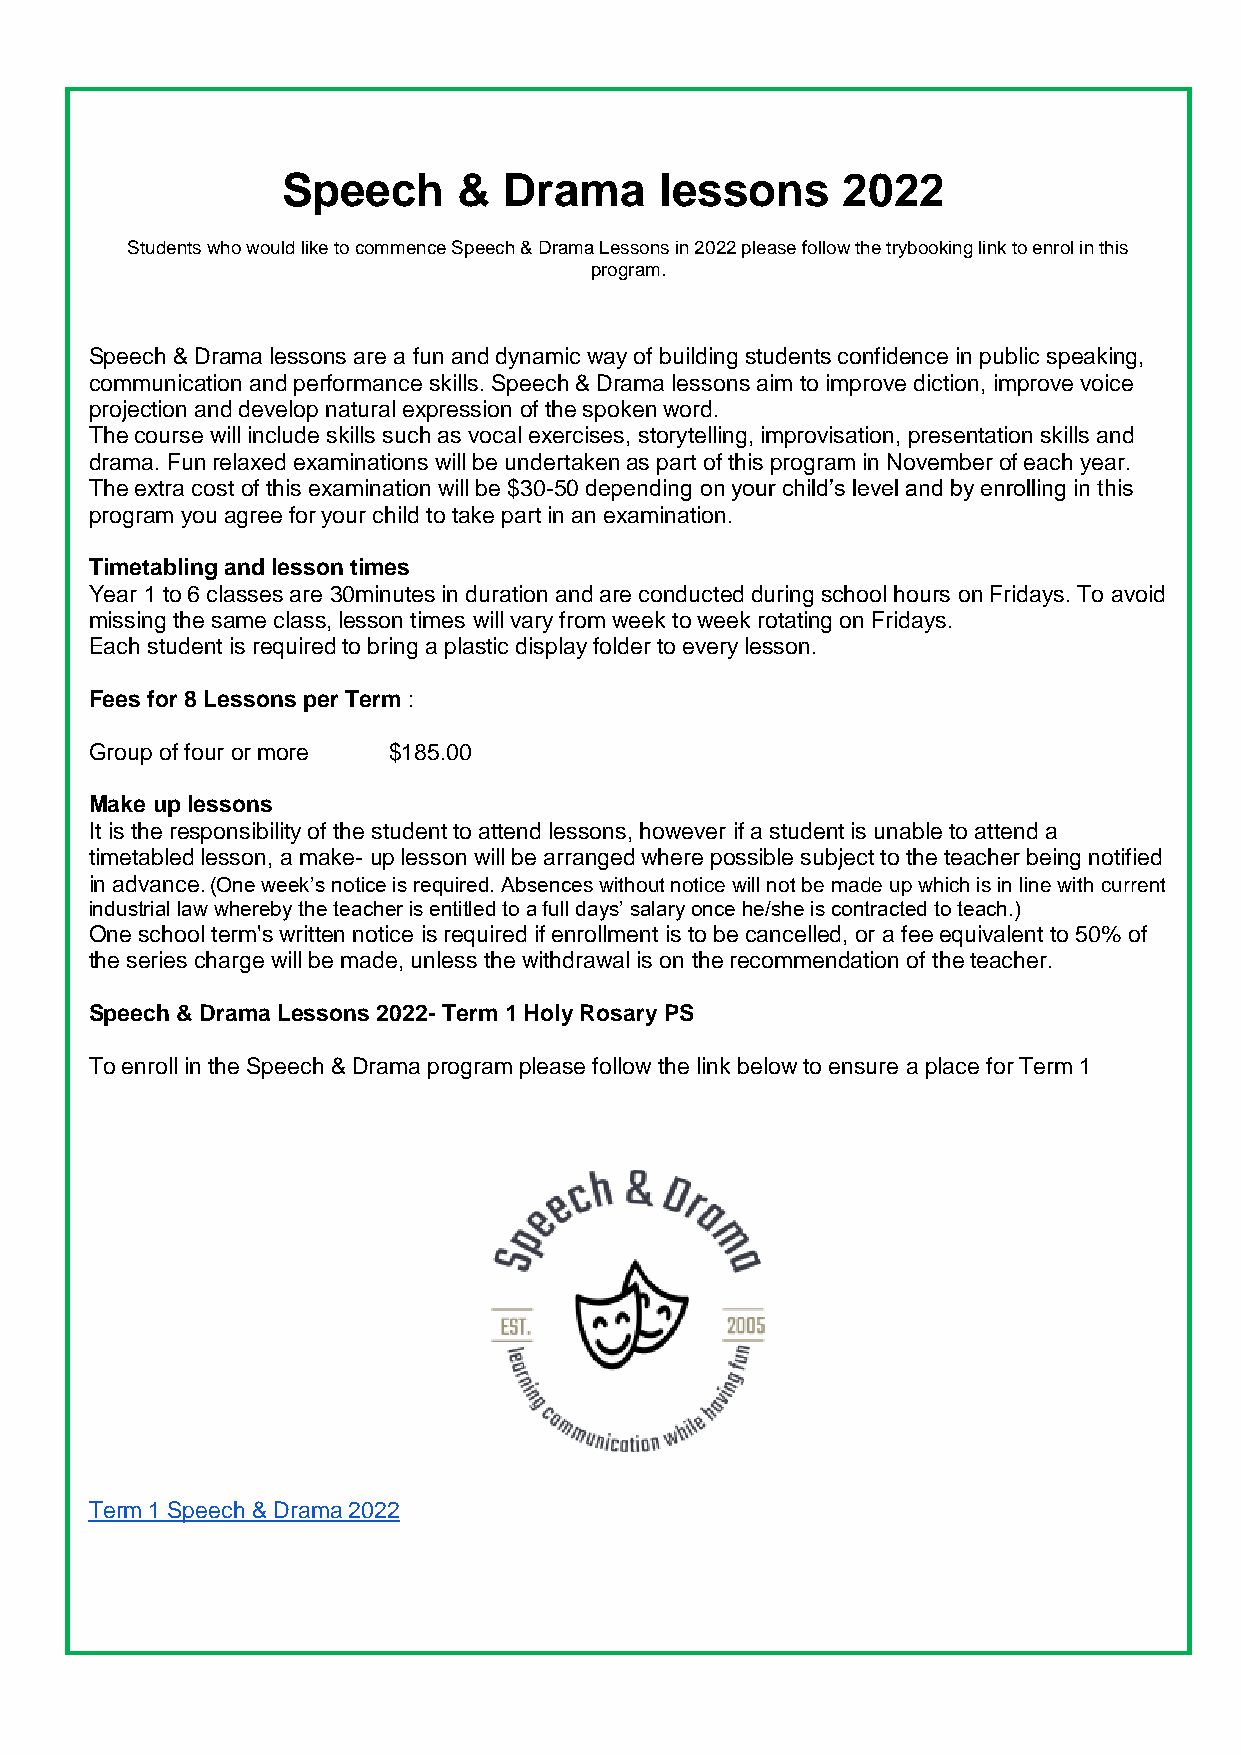
Speech     &  Drama      lessons     2022
 Students who would like to commence Speech & Drama Lessons in 2022 please follow the trybooking link to enrol in this
 program.
 Speech & Drama lessons are a fun and dynamic way of building students confidence in public speaking,
 communication and performance skills. Speech & Drama lessons aim to improve diction, improve voice
 projection and develop natural expression of the spoken word.
 The course will include skills such as vocal exercises, storytelling, improvisation, presentation skills and
 drama. Fun relaxed examinations will be undertaken as part of this program in November of each year.
 The extra cost of this examination will be $30-50 depending on your child’s level and by enrolling in this
 program you agree for your child to take part in an examination.
 Timetabling and lesson times
 Year 1 to 6 classes are 30minutes in duration and are conducted during school hours on Fridays. To avoid
 missing the same class, lesson times will vary from week to week rotating on Fridays.
 Each student is required to bring a plastic display folder to every lesson.
 Fees for 8 Lessons per Term :
 Group of four or more $185.00
 Make up lessons
 It is the responsibility of the student to attend lessons, however if a student is unable to attend a
 timetabled lesson, a make- up lesson will be arranged where possible subject to the teacher being notified
 in advance. (One week’s notice is required. Absences without notice will not be made up which is in line with current
 industrial law whereby the teacher is entitled to a full days’ salary once he/she is contracted to teach.)
 One school term's written notice is required if enrollment is to be cancelled, or a fee equivalent to 50% of
 the series charge will be made, unless the withdrawal is on the recommendation of the teacher.
 Speech & Drama Lessons 2022- Term 1 Holy Rosary PS
 To enroll in the Speech & Drama program please follow the link below to ensure a place for Term 1
 Term 1 Speech & Drama 2022